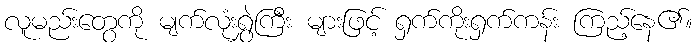
လူမည်းတွေကို မျက်လုံးရွှဲကြီး များဖြင့် ရှက်ကိုးရှက်ကန်း ကြည့်နေ၏။